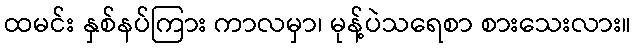
ထမင်း နှစ်နပ်ကြား ကာလမှာ၊ မုန့်ပဲသရေစာ စားသေးလား။